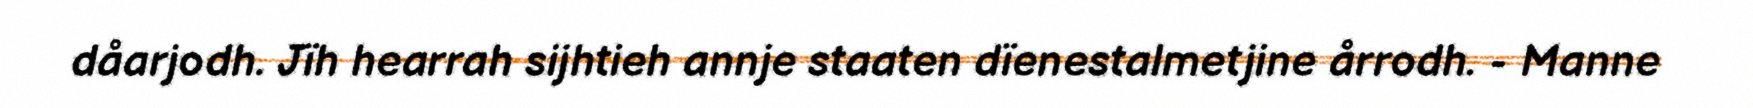
dåarjodh. Jïh hearrah sijhtieh annje staaten dïenestalmetjine årrodh. - Manne